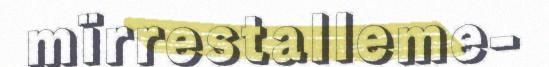
mïrrestalleme-